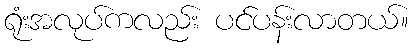
ရုံးအလုပ်ကလည်း ပင်ပန်းလာတယ်။